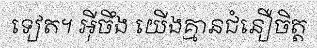
ទៀត។ អ៊ីចឹង យើងគ្មានជំនឿចិត្ត